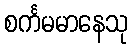
စင်္ကမမာနေသု